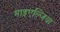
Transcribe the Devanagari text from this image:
माइएल्जिया